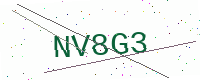
Text: NV8G3